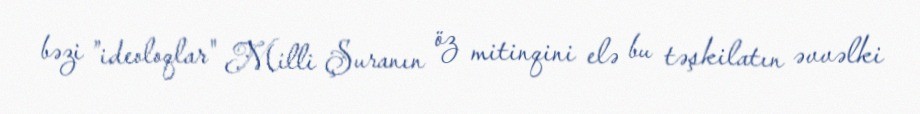
bəzi ”ideoloqlar" Milli Şuranın öz mitinqini elə bu təşkilatın əvvəlki